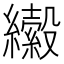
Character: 𦇍